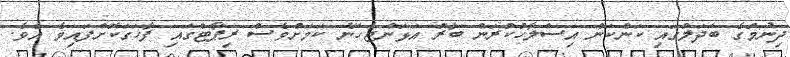
ދިނުމުގެ ބަދަލުގައި ކަންކަން އިސްލާހުކުރަން ބާރު އަޅަންޖެހޭނެ ކަަމަށްވެސް ރިޕޯޓްގައި ފާހަގަކޮށްފައިވެ އެވެ.